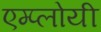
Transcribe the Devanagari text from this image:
एम्प्लोयी